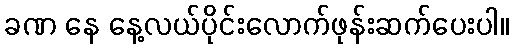
ခဏ နေ နေ့လယ်ပိုင်းလောက်ဖုန်းဆက်ပေးပါ။